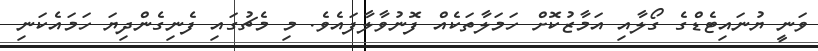
ވަނީ ޔުނައިޓެޑްގެ ގޯލާއި އަމާޒުކޮށް ހަމަލާތަކެއް ފޮނުވާލާފައެވެ. މި މެޗުގައި ފެނިގެންދިޔަ ހަމައެކަނި